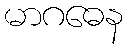
မာဂဓေန